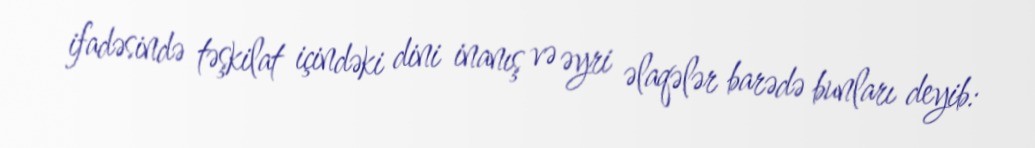
ifadəsində təşkilat içindəki dini inanış və əyri əlaqələr barədə bunları deyib: